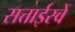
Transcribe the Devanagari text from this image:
सत्ताईस्वें